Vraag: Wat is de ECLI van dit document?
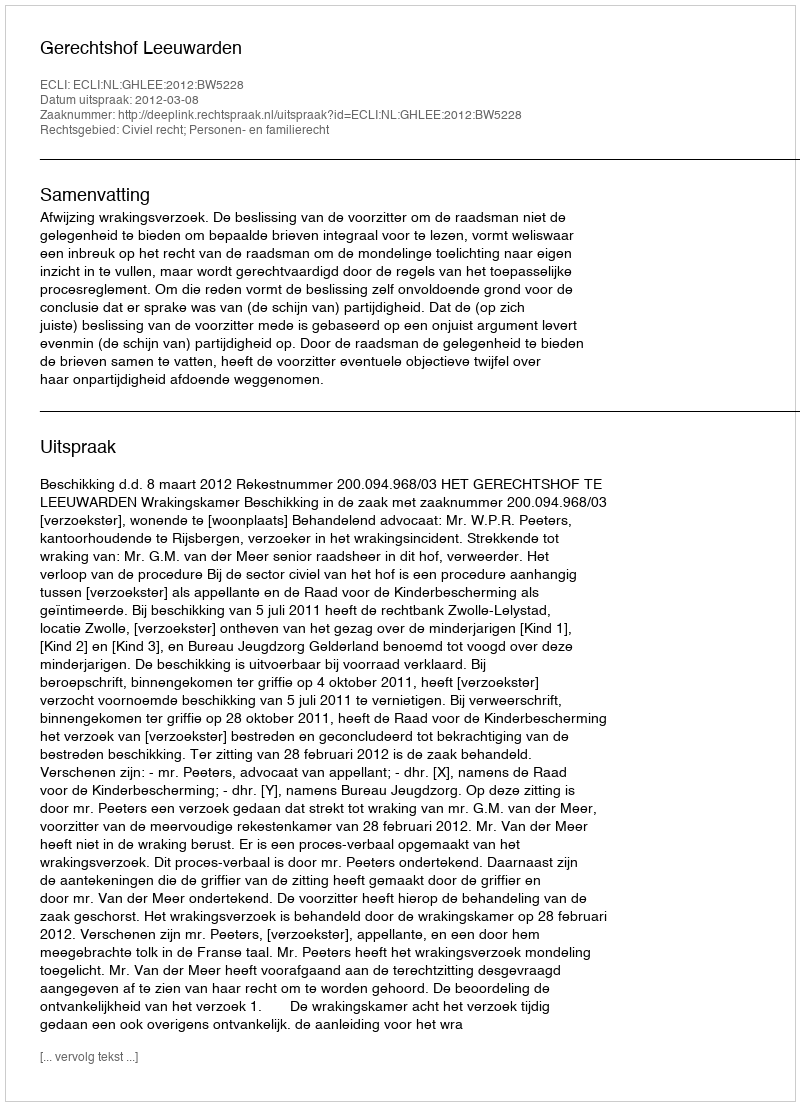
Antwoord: ECLI:NL:GHLEE:2012:BW5228